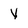
Character: Y